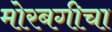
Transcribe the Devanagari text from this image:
मोरबगीचा